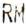
RM